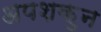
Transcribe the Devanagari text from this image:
अपशकुुन